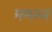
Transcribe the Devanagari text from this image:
ममज्ज